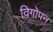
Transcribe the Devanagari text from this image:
विगोपन